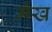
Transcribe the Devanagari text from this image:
मेख